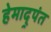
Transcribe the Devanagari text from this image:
हेमाद्र्पंत